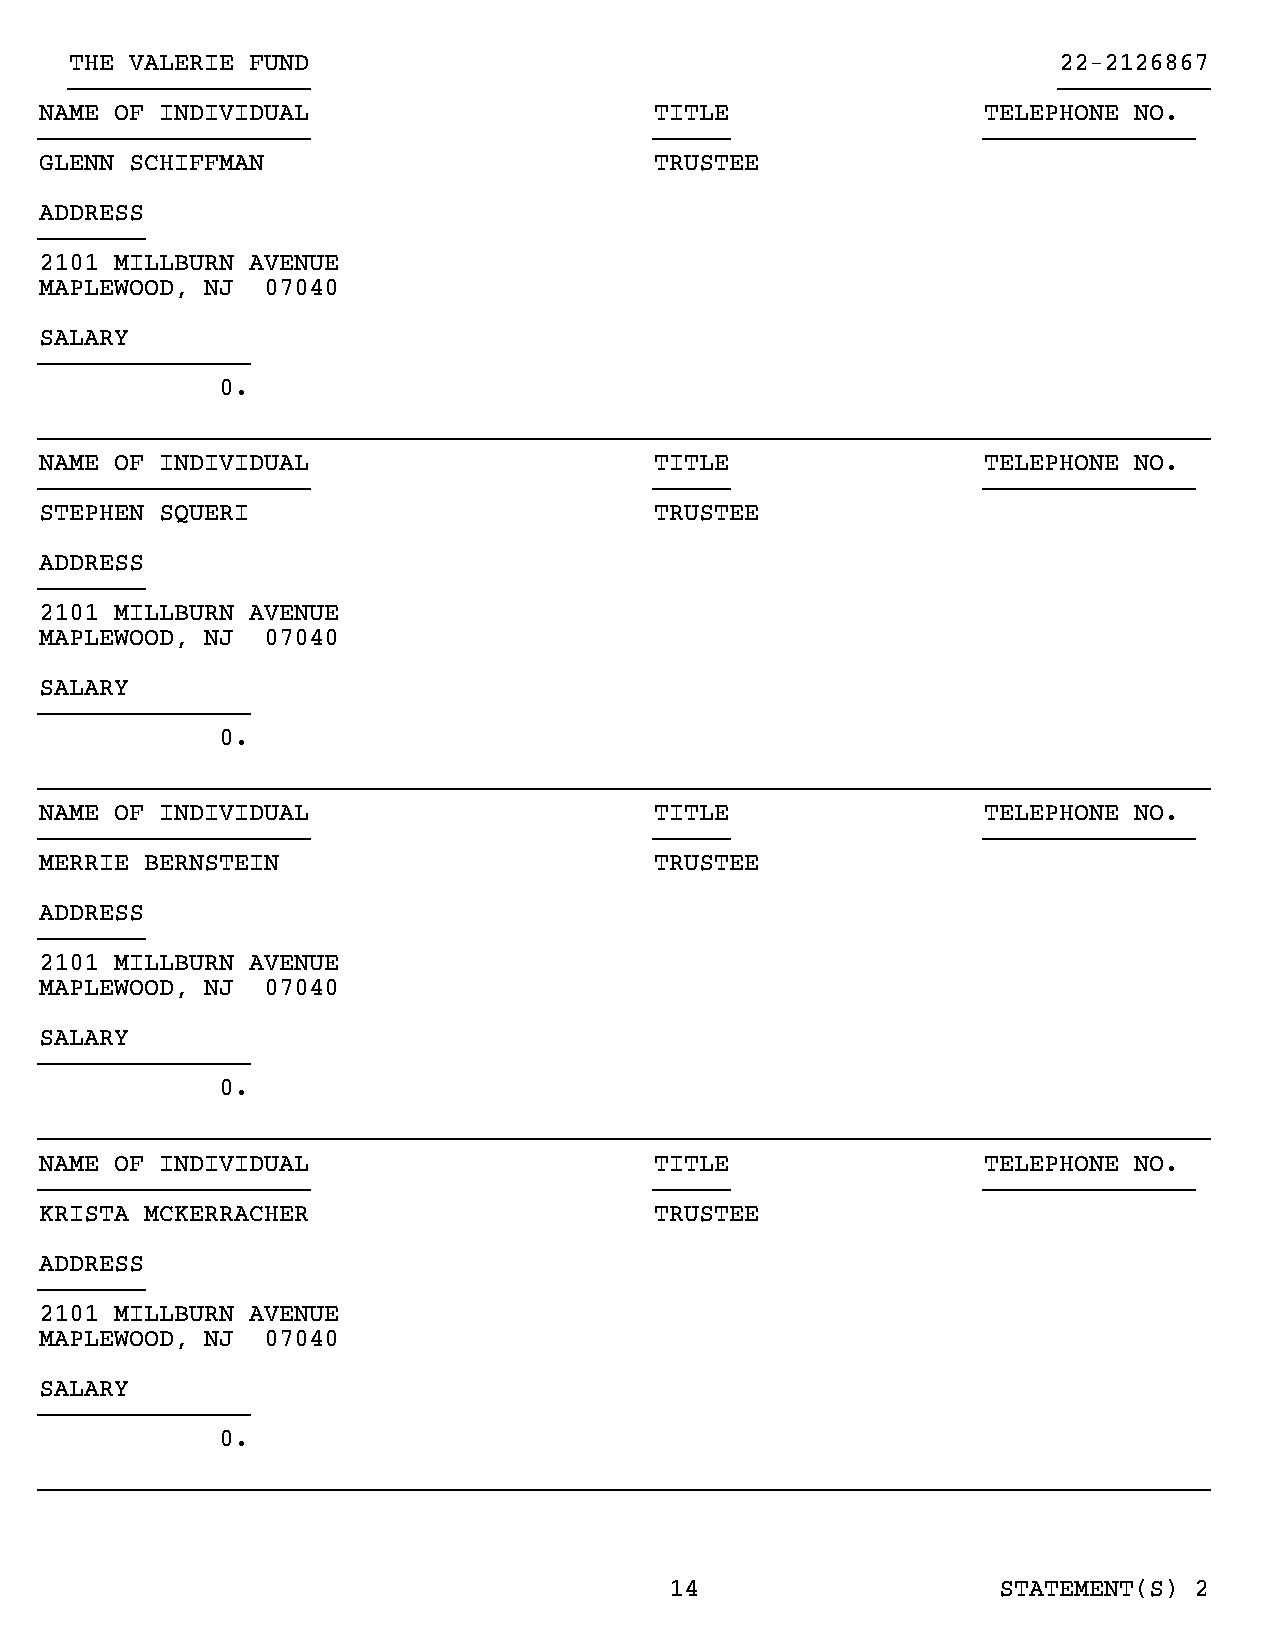
THE VALERIE FUND                                                 22-2126867
 }}}}}}}}}}}}}}}}                                                 }}}}}}}}}}
 NAME OF INDIVIDUAL                      TITLE                 TELEPHONE NO.
 }}}}}}}}}}}}}}}}}}                      }}}}}                 }}}}}}}}}}}}}}
 GLENN SCHIFFMAN                         TRUSTEE
 ADDRESS
 }}}}}}}
 2101 MILLBURN AVENUE
 MAPLEWOOD, NJ 07040
 SALARY
 }}}}}}}}}}}}}}
 0.
 }}}}}}}}}}}}}}}}}}}}}}}}}}}}}}}}}}}}}}}}}}}}}}}}}}}}}}}}}}}}}}}}}}}}}}}}}}}}}}
 NAME OF INDIVIDUAL                      TITLE                 TELEPHONE NO.
 }}}}}}}}}}}}}}}}}}                      }}}}}                 }}}}}}}}}}}}}}
 STEPHEN SQUERI                          TRUSTEE
 ADDRESS
 }}}}}}}
 2101 MILLBURN AVENUE
 MAPLEWOOD, NJ 07040
 SALARY
 }}}}}}}}}}}}}}
 0.
 }}}}}}}}}}}}}}}}}}}}}}}}}}}}}}}}}}}}}}}}}}}}}}}}}}}}}}}}}}}}}}}}}}}}}}}}}}}}}}
 NAME OF INDIVIDUAL                      TITLE                 TELEPHONE NO.
 }}}}}}}}}}}}}}}}}}                      }}}}}                 }}}}}}}}}}}}}}
 MERRIE BERNSTEIN                        TRUSTEE
 ADDRESS
 }}}}}}}
 2101 MILLBURN AVENUE
 MAPLEWOOD, NJ 07040
 SALARY
 }}}}}}}}}}}}}}
 0.
 }}}}}}}}}}}}}}}}}}}}}}}}}}}}}}}}}}}}}}}}}}}}}}}}}}}}}}}}}}}}}}}}}}}}}}}}}}}}}}
 NAME OF INDIVIDUAL                      TITLE                 TELEPHONE NO.
 }}}}}}}}}}}}}}}}}}                      }}}}}                 }}}}}}}}}}}}}}
 KRISTA MCKERRACHER                      TRUSTEE
 ADDRESS
 }}}}}}}
 2101 MILLBURN AVENUE
 MAPLEWOOD, NJ 07040
 SALARY
 }}}}}}}}}}}}}}
 0.
 }}}}}}}}}}}}}}}}}}}}}}}}}}}}}}}}}}}}}}}}}}}}}}}}}}}}}}}}}}}}}}}}}}}}}}}}}}}}}}
 14                    STATEMENT(S) 2